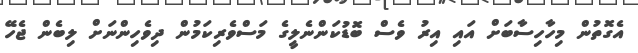
އެގޮތުން މިހާހިސާބަށް އައި އިރު ވެސް ބޮޑުކަންނެލީގެ މަސްވެރިކަމުން ދިވެހިންނަށް ލިބެން ޖެހޭ